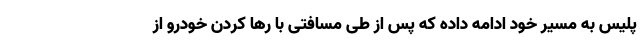
پلیس به مسیر خود ادامه داده که پس از طی مسافتی با رها کردن خودرو از